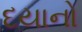
દયાનો